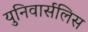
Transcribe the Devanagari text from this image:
युनिवार्सलिस